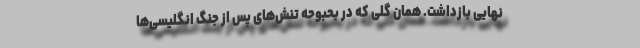
نهایی بازداشت. همان گلی که در بحبوحه تنش‌های پس از جنگ انگلیسی‌ها